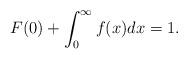
LaTeX: \begin{align*}F(0) + \int_{0}^{\infty} f(x)dx = 1.\end{align*}